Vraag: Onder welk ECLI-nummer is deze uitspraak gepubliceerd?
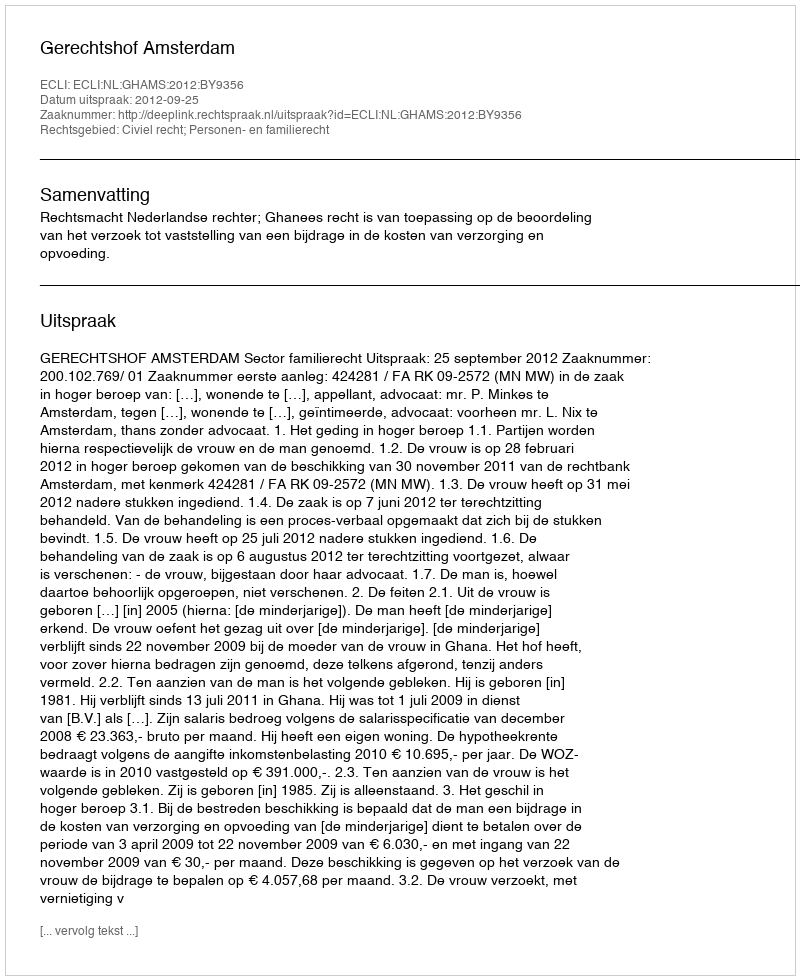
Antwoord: ECLI:NL:GHAMS:2012:BY9356